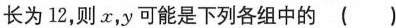
长为12，则x，y可能是下列各组中的( )